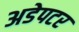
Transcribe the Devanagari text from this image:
अडेपटर